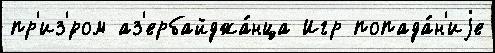
пр'из'́ром аз'ербайджа́нца Игр попада́н'иjе